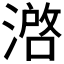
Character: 𰜶